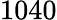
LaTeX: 1040